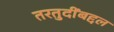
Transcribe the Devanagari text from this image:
तरतुदींबद्दल